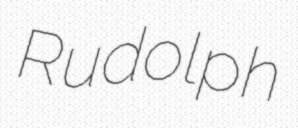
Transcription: Rudolph